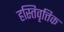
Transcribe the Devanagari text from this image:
हस्तिवृत्तिक